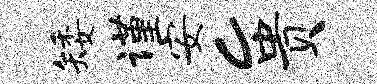
矮谨安c贵